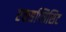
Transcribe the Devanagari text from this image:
एक्सप्लिसिट